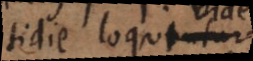
quotidie loquuntur,